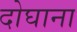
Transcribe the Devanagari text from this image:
दोघाना